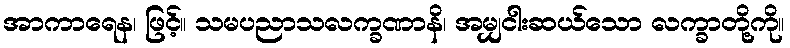
အာကာရေန၊ ဖြင့်။ သမပညာသလက္ခဏာနိ၊ အမျှငါးဆယ်သော လက္ခာတို့ကို။